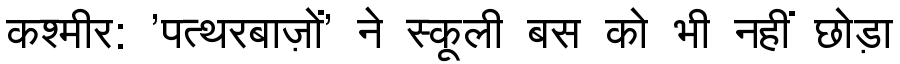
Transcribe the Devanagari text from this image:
कश्मीर: 'पत्थरबाज़ों' ने स्कूली बस को भी नहीं छोड़ा